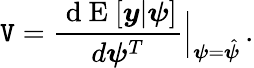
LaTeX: \mathtt{V}=\frac{{\mathrm{{~d~E~}}[\boldsymbol{y}|\boldsymbol{\psi}]}}{{d\boldsymbol{\psi}^{T}}}\Bigr|_{{\boldsymbol{\psi}}={\hat{{\boldsymbol{\psi}}}}}\, .